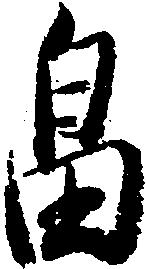
畠